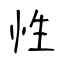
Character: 性